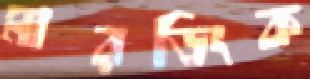
মারডিংক